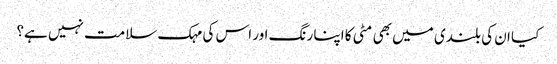
کیا ان کی بلندی میں بھی مٹی کا اپنا رنگ اور اس کی مہک سلامت نہیں ہے؟